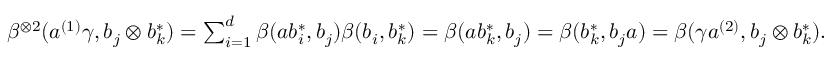
\begin{array} { r l } & { \beta ^ { \otimes 2 } ( a ^ { ( 1 ) } \gamma , b _ { j } \otimes b _ { k } ^ { * } ) = \sum _ { i = 1 } ^ { d } \beta ( a b _ { i } ^ { * } , b _ { j } ) \beta ( b _ { i } , b _ { k } ^ { * } ) = \beta ( a b _ { k } ^ { * } , b _ { j } ) = \beta ( b _ { k } ^ { * } , b _ { j } a ) = \beta ( \gamma a ^ { ( 2 ) } , b _ { j } \otimes b _ { k } ^ { * } ) . } \end{array}